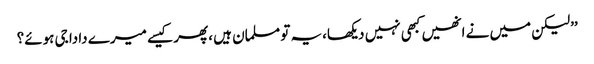
’’لیکن میں نے انھیں کبھی نہیں دیکھا،یہ تو مسلمان ہیں ،پھر کیسے میرے دادا جی ہوئے؟